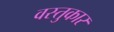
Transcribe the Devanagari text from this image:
वस्तुकार